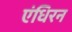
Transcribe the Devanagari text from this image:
एंधिरन